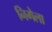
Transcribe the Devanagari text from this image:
निगेला